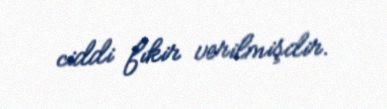
ciddi fıkir verilmişdir.